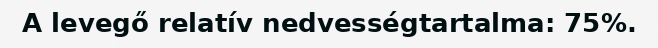
A levegő relatív nedvességtartalma: 75%.